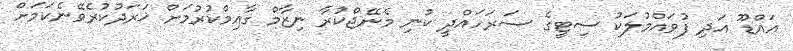
އައްޑޫ އަދި ފުވައްމުލަކު ސިޓީގެ ސަރަހައްދީ ކުނި މެނޭޖްކުރާ ނިޒާމް ގާއިމްކުރުމަށް ޚަރަދުކުރެވޭނެކަމަށް